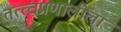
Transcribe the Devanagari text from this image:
तत्त्वप्रणालीला